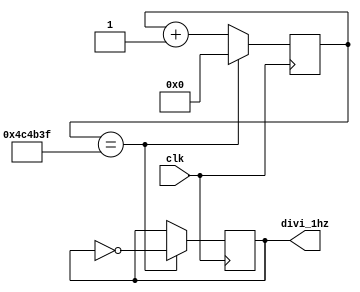
module divi_1hz(clk,divi_1hz); 
  input clk; 
  output reg divi_1hz; 
  reg [24:0] count_reg1; //25
  always@(posedge clk)
    if(count_reg1==25'd4999999) //50Mhz / 5hz/ 2 - 1
      begin
        divi_1hz <= ~ divi_1hz; //
        count_reg1 <= 25'd0; //
      end
    else
      begin 
        count_reg1 <= count_reg1 + 25'd1;
      end
endmodule